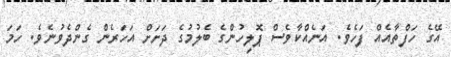
އޭގެ ހަފްތާއެއް ފަހެވެ. އަނެއްކާވެސް ޕޮލިހުންގެ ބެލުމުގެ ދަށަށް އަހަރެން ގެންދެވުނެވެ. ހަމަ